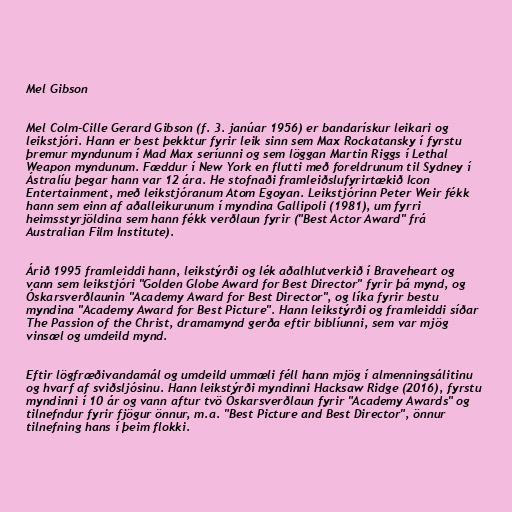
Mel Gibson

Mel Colm-Cille Gerard Gibson (f. 3. janúar 1956) er bandarískur leikari og
leikstjóri. Hann er best þekktur fyrir leik sinn sem Max Rockatansky í fyrstu
þremur myndunum í Mad Max seríunni og sem löggan Martin Riggs í Lethal
Weapon myndunum. Fæddur í New York en flutti með foreldrunum til Sydney í
Ástralíu þegar hann var 12 ára. He stofnaði framleiðslufyrirtækið Icon
Entertainment, með leikstjóranum Atom Egoyan. Leikstjórinn Peter Weir fékk
hann sem einn af aðalleikurunum í myndina Gallipoli (1981), um fyrri
heimsstyrjöldina sem hann fékk verðlaun fyrir ("Best Actor Award" frá
Australian Film Institute).

Árið 1995 framleiddi hann, leikstýrði og lék aðalhlutverkið í Braveheart og
vann sem leikstjóri "Golden Globe Award for Best Director" fyrir þá mynd, og
Óskarsverðlaunin "Academy Award for Best Director", og líka fyrir bestu
myndina "Academy Award for Best Picture". Hann leikstýrði og framleiddi síðar
The Passion of the Christ, dramamynd gerða eftir biblíunni, sem var mjög
vinsæl og umdeild mynd.

Eftir lögfræðivandamál og umdeild ummæli féll hann mjög í almenningsálitinu
og hvarf af sviðsljósinu. Hann leikstýrði myndinni Hacksaw Ridge (2016), fyrstu
myndinni í 10 ár og vann aftur tvö Óskarsverðlaun fyrir "Academy Awards" og
tilnefndur fyrir fjögur önnur, m.a. "Best Picture and Best Director", önnur
tilnefning hans í þeim flokki.